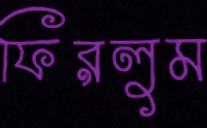
ফিরলুম